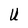
Character: U